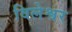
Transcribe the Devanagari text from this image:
विलेश्वर